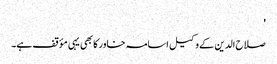
'
صلاح الدین کے وکیل اسامہ خاور کا بھی یہی مؤقف ہے۔